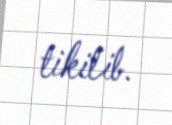
tikilib.